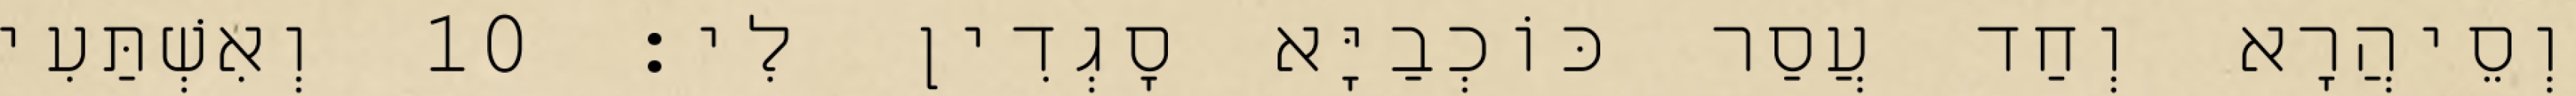
וְסֵיהֲרָא וְחַד עֲסַר כּוֹכְבַיָּא סָגְדִין לִי׃ 10 וְאִשְׁתַּעִי